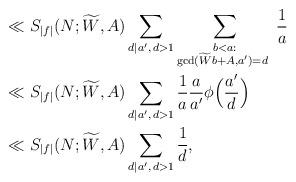
LaTeX: \begin{align*} &\ll S_{|f|}(N;\widetilde W,A) \sum_{d|a',\,d>1} \sum_{\substack{b < a:\\ \gcd(\widetilde{W}b + A,a')=d~}} \frac{1}{a} \\ &\ll S_{|f|}(N;\widetilde W,A) \sum_{d|a',\,d>1} \frac{1}{a} \frac{a}{a'} \phi\Big(\frac{a'}{d}\Big) \\ &\ll S_{|f|}(N;\widetilde W,A) \sum_{d|a',\,d>1} \frac{1}{d},\end{align*}